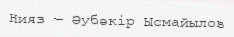
Нияз — Әубәкір Ысмайылов